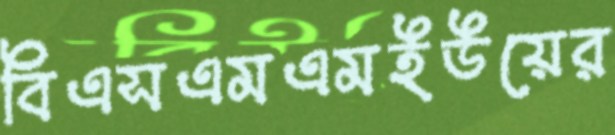
বিএসএমএমইউয়ের